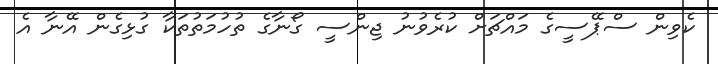
ކެވިން ސްޕޭސީގެ މައްޗަށް ކުރެވުނު ޖިންސީ ގޯނާގެ ތުހުމަތުތަކާ ގުޅިގެން އޭނާ އެ